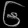
Digit: ၆